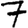
Digit: 7